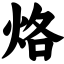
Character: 烙